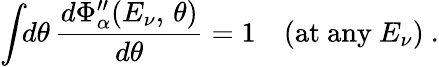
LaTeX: \int\! \! d\theta\, \frac{d\Phi_{\alpha}^{\prime\prime}(E_{\nu},\, \theta)}{d\theta}=1\quad(\mathrm{at\ any\ }E_{\nu})\ .